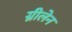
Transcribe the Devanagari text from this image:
ग्नीलेन